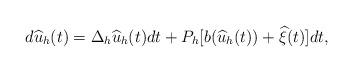
LaTeX: \begin{align*}d\widehat{u}_h(t)=\Delta_h \widehat{u}_h(t)dt+P_h[b(\widehat{u}_h(t))+\widehat{\xi}(t)]dt,\end{align*}